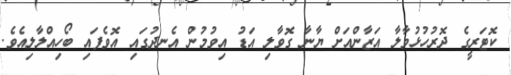
ކޮޓަރީގެ ދޮރުހުޅުވާލާ އަޒާންއަށް ޔާނާ ގޮވާލި އަޑު އިވުމުން އެނދުގައި އޮވެފައި ބޯހިއްލާލިއެވެ.